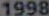
1998